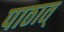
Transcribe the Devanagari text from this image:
पाठात्‌